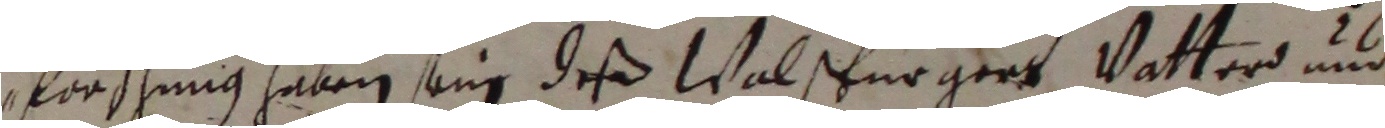
forschung haben sein deß Walspürgers vatter und